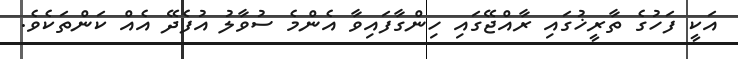
އަކީ ފަހުގެ ތާރީޚުގައި ރާއްޖޭގައި ހިންގާފައިވާ އެންމެ ސުވާލު އުފެދޭ އެއް ކަންތަކެވެ.